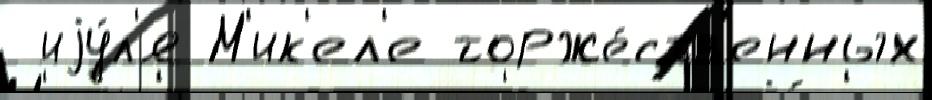
 иjу́л'я М'ик'ел'е торже́ств'енных